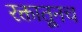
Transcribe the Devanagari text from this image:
रक्तातूनच